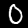
Digit: 0